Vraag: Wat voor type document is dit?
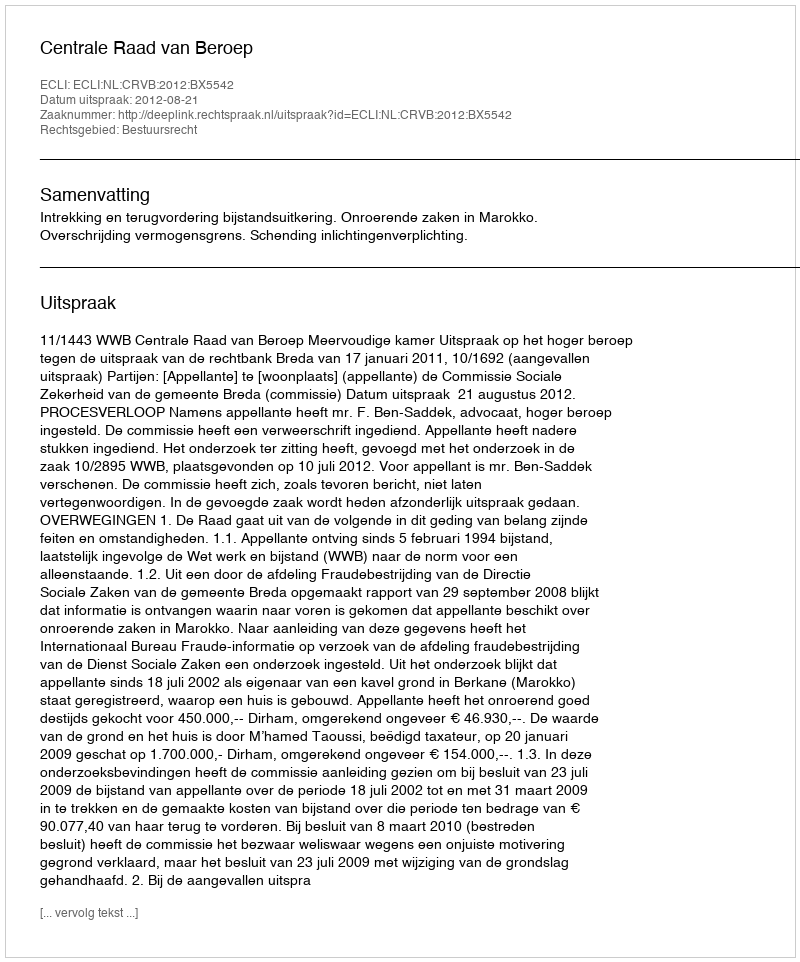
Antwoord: Uitspraak